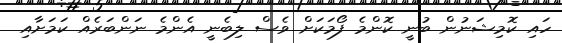
ހައި ކޮމިޝަނުން ބުނީ ކޮންމެ ފޯމަކަށް ވެސް ލިބެނީ އެންމެ ނަންބަރެއް ކަމަށާއި